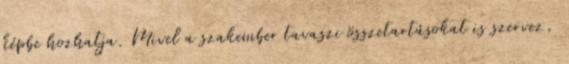
képbe hozhatja. Mivel a szakember tavaszi összetartásokat is szervez,